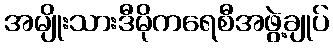
အမျိုးသားဒီမိုကရေစီအဖွဲ့ချုပ်